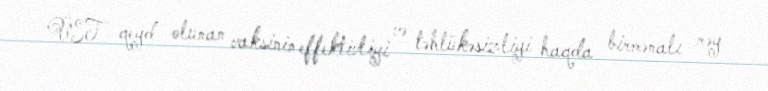
ÜST qeyd olunan vaksinin effektivliyi və təhlükəsizliyi haqda birmənalı rəy